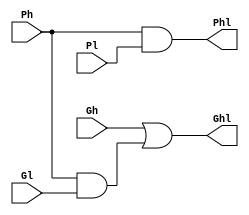
module dot(Ghl,Phl,Gh,Ph,Gl,Pl);

	output Ghl,Phl;
	input Gh,Ph,Gl,Pl; 
	wire wire1; 

	or or1(Ghl,Gh,wire1);
	and and1(wire1,Ph,Gl);
	and and2(Phl,Ph,Pl);

endmodule